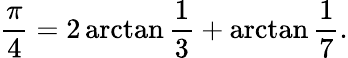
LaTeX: {\frac{\pi}{4}}=2\arctan{\frac{1}{3}}+\arctan{\frac{1}{7}}.